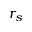
r _ { s }